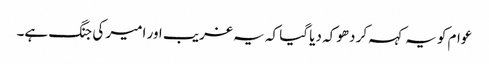
عوام کو یہ کہہ کر دھوکہ دیا گیا کہ یہ غریب اور امیر کی جنگ ہے۔